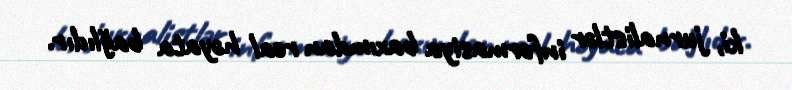
ki, jurnalistlər informasiya baxımdan real həyata bağlıdır.